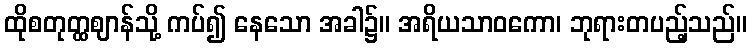
ထိုစတုတ္ထဈာန်သို့ ကပ်၍ နေသော အခါ၌။ အရိယသာဝကော၊ ဘုရားတပည့်သည်။